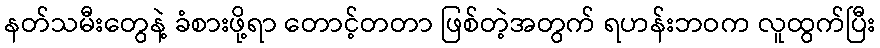
နတ်သမီးတွေနဲ့ ခံစားဖို့ရာ တောင့်တတာ ဖြစ်တဲ့အတွက် ရဟန်းဘဝက လူထွက်ပြီး